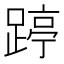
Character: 𰸥